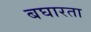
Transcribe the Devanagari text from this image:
बघारता